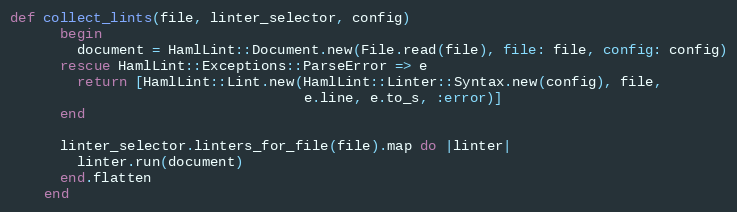
Language: Ruby
def collect_lints(file, linter_selector, config)
      begin
        document = HamlLint::Document.new(File.read(file), file: file, config: config)
      rescue HamlLint::Exceptions::ParseError => e
        return [HamlLint::Lint.new(HamlLint::Linter::Syntax.new(config), file,
                                   e.line, e.to_s, :error)]
      end

      linter_selector.linters_for_file(file).map do |linter|
        linter.run(document)
      end.flatten
    end